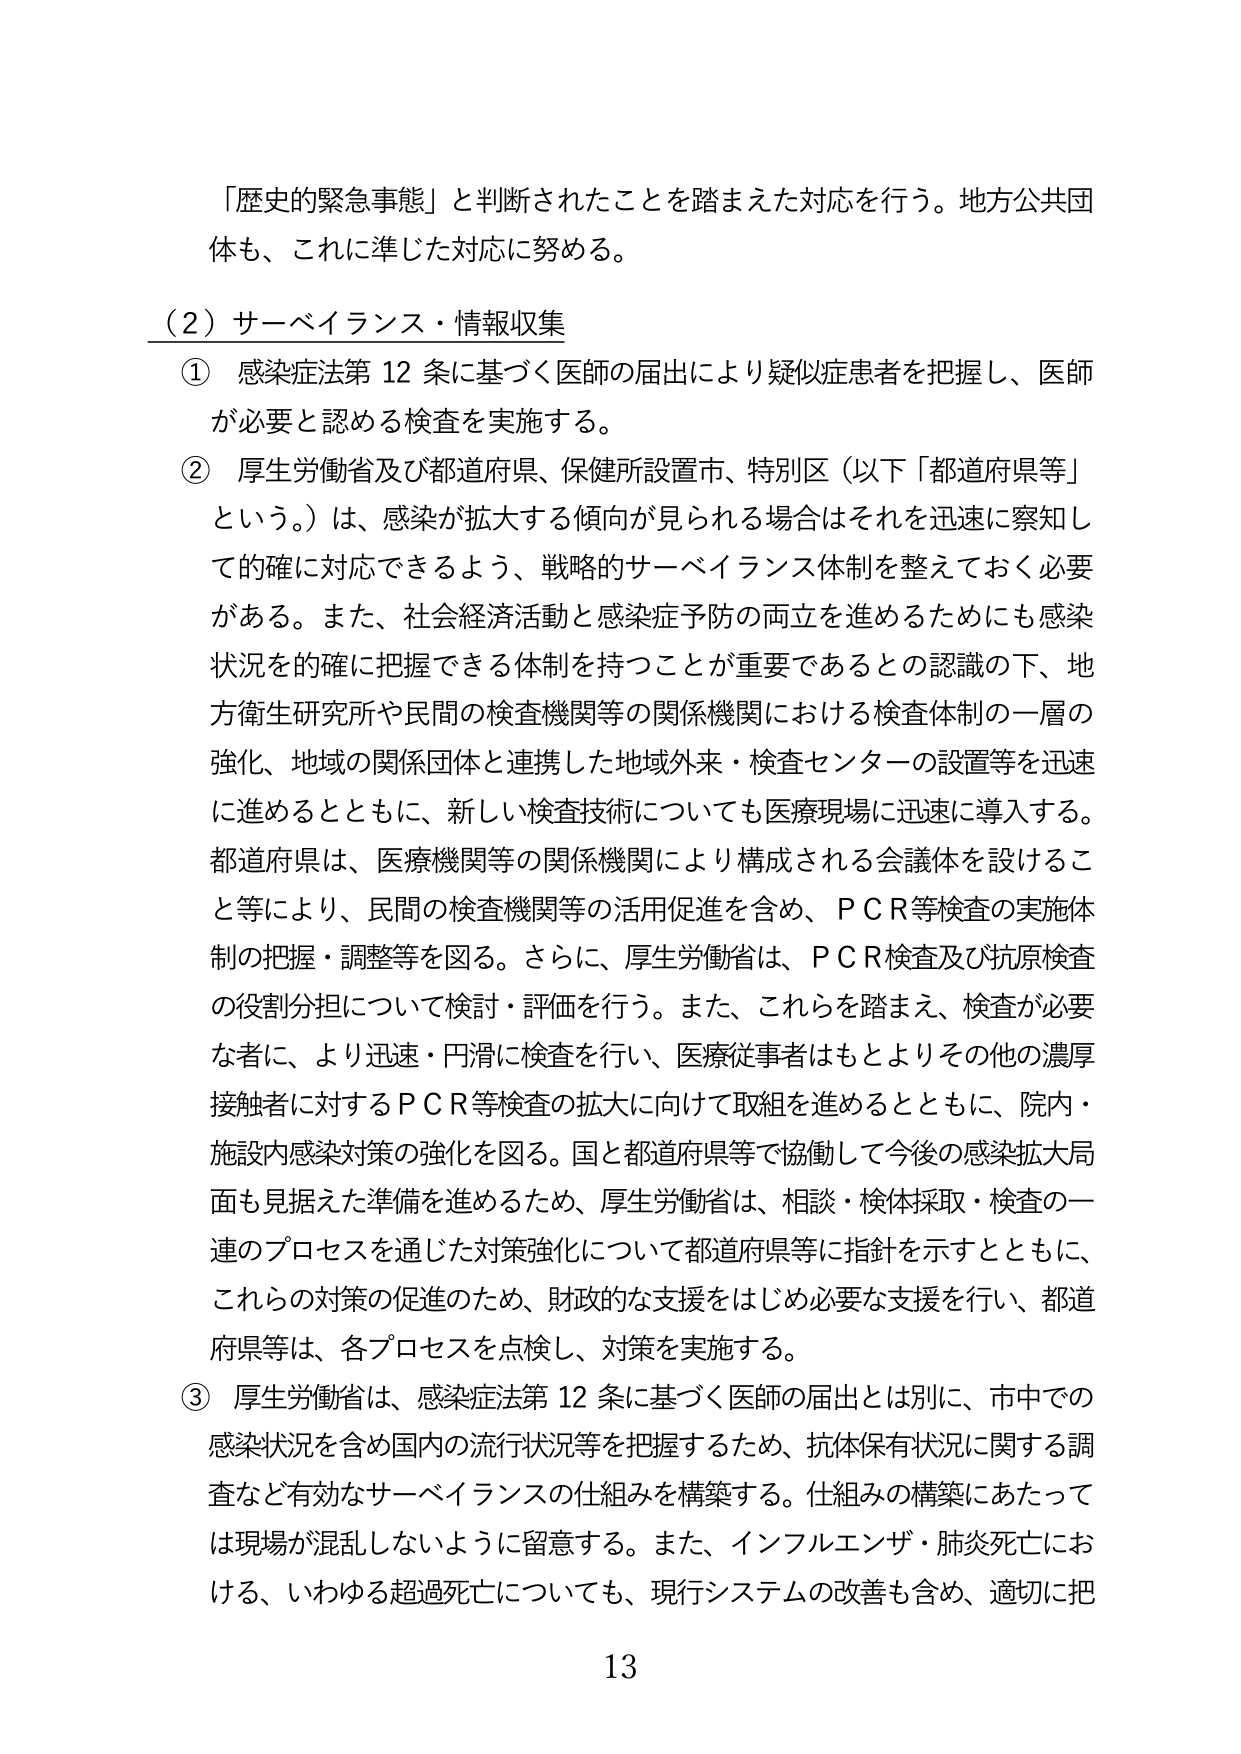
「歴史的緊急事態」と判断されたことを踏まえた対応を行う。地方公共団体も、これに準じた対応に努める。

（2）サーベイランス・情報収集

① 感染症法第12条に基づく医師の届出により疑似症患者を把握し、医師が必要と認める検査を実施する。

② 厚生労働省及び都道府県、保健所設置市、特別区（以下「都道府県等」という。）は、感染が拡大する傾向が見られる場合はそれを迅速に察知して的確に対応できるよう、戦略的サーベイランス体制を整えておく必要がある。また、社会経済活動と感染症予防の両立を進めるためにも感染状況を的確に把握できる体制を持つことが重要であるとの認識の下、地方衛生研究所や民間の検査機関等の関係機関における検査体制の一層の強化、地域の関係団体と連携した地域外来・検査センターの設置等を迅速に進めるとともに、新しい検査技術についても医療現場に迅速に導入する。都道府県は、医療機関等の関係機関により構成される会議体を設けること等により、民間の検査機関等の活用促進を含め、ＰＣＲ等検査の実施体制の把握・調整等を図る。さらに、厚生労働省は、ＰＣＲ検査及び抗原検査の役割分担について検討・評価を行う。また、これらを踏まえ、検査が必要な者に、より迅速・円滑に検査を行い、医療従事者はもとよりその他の濃厚接触者に対するＰＣＲ等検査の拡大に向けて取組を進めるとともに、院内・施設内感染対策の強化を図る。国と都道府県等で協働して今後の感染拡大局面も見据えた準備を進めるため、厚生労働省は、相談・検体採取・検査の一連のプロセスを通じた対策強化について都道府県等に指針を示すとともに、これらの対策の促進のため、財政的な支援をはじめ必要な支援を行い、都道府県等は、各プロセスを点検し、対策を実施する。

③ 厚生労働省は、感染症法第12条に基づく医師の届出とは別に、市中での感染状況を含め国内の流行状況等を把握するため、抗体保有状況に関する調査など有効なサーベイランスの仕組みを構築する。仕組みの構築にあたっては現場が混乱しないように留意する。また、インフルエンザ・肺炎死亡における、いわゆる超過死亡についても、現行システムの改善も含め、適切に把

13